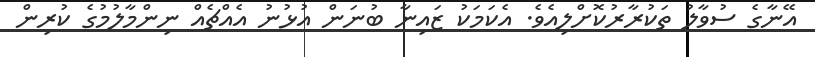
އޭނާގެ ސުވާލު ތަކުރާރުކޮށްލިއެވެ. އެކަމަކު ޒަައިނާ ބުނަން އުޅުނު އެއްޗެއް ނިންމާލުމުގެ ކުރިން